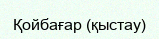
Қойбағар (қыстау)